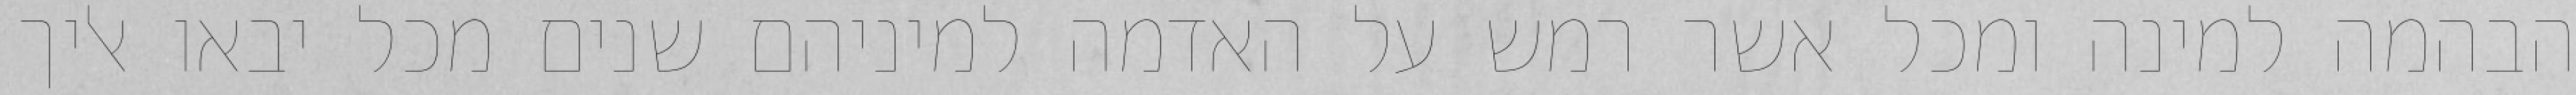
הבהמה למינה ומכל אשר רמש על האדמה למיניהם שנים מכל יבאו אליך